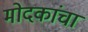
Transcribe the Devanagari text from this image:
मोदकांचा